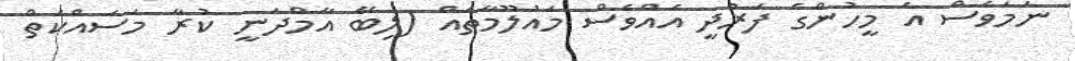
ނަމަވެސް އެ މީހުންގެ ފަރުދީ އެއްވެސް މައުލޫމާތެއް (ލިބޭ އާމްދަނީ ކުރާ މަސައްކަތް